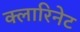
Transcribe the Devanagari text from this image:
क्लारिनेट